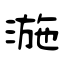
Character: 湤